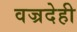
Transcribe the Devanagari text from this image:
वज्रदेही